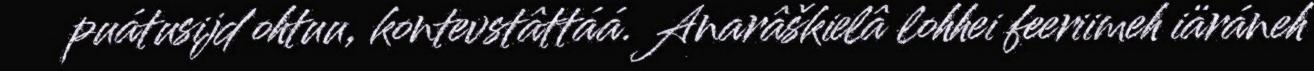
puátusijd ohtuu, kontevstâttáá. Anarâškielâ lohhei feeriimeh iäráneh